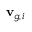
\mathbf { v } _ { g , i }